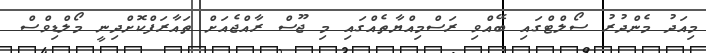
މިއަދު މެންދުރު ސޯލްޓްގައި ބޭއްވި ރަސްމިއްޔާތެއްގައި މި ޖޫސް ރާއްޖެއަށް ތައާރަފްކޮށްދިނީ މޯލްޑިވްސް